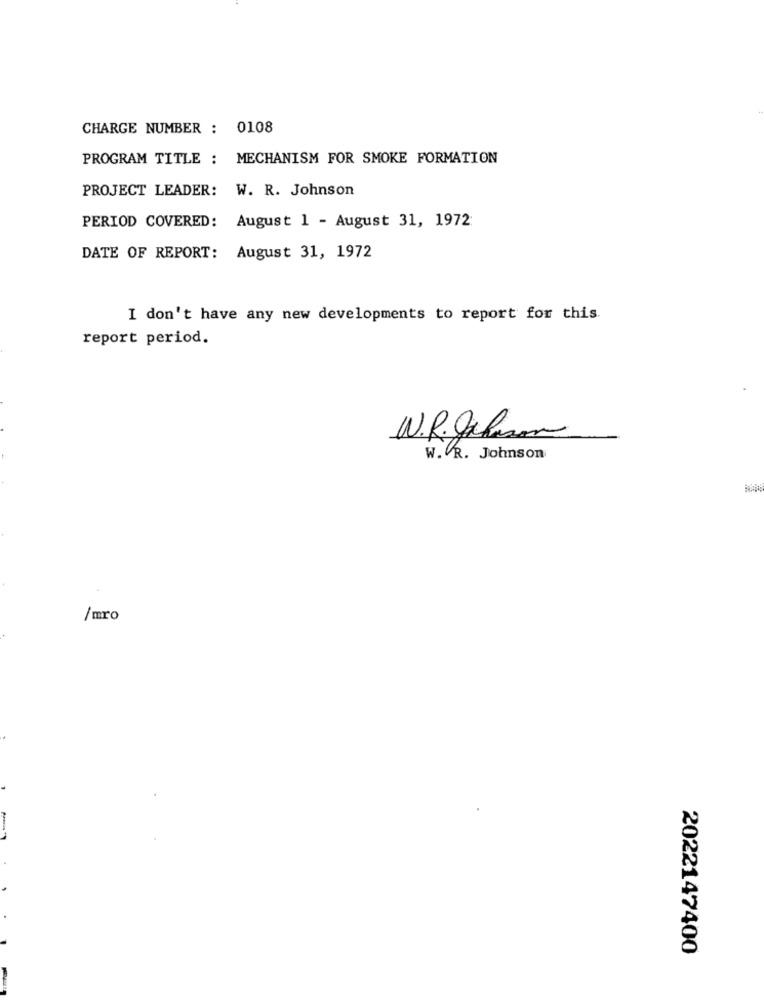
CHARGE NUMBER : 0108
PROGRAM TITLE : MECHANISM FOR SMOKE FORMATION
PROJECT LEADER: W. R. Johnson
PERIOD COVERED: August 1 - August 31, 1972
DATE OF REPORT: August 31, 1972
I don't have any new developments to report for this.
report period.
W.R. Jakson
W. R. Johnson
/mro
2022147400